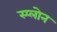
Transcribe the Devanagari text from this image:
स्प्लोन